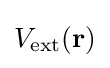
V_{\rm {ext}}({\bf {r}})